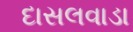
દાસલવાડા